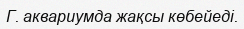
Г. аквариумда жақсы көбейеді.